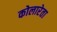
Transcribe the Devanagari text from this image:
कोलारेता